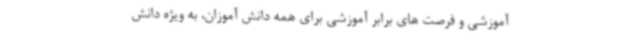
آموزشی و فرصت های برابر آموزشی برای همه دانش آموزان، به ویژه دانش